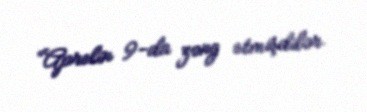
“Aprelin 9-da zəng etmişdilər.